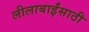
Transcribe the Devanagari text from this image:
लीलाबाईंसाठी